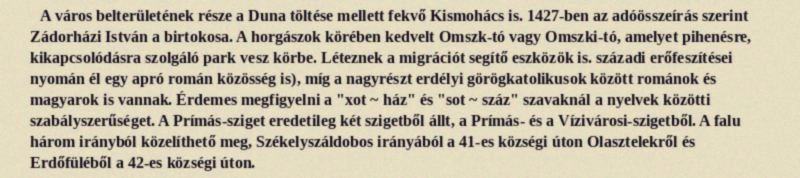
A város belterületének része a Duna töltése mellett fekvő Kismohács is. 1427-ben az adóösszeírás szerint Zádorházi István a birtokosa. A horgászok körében kedvelt Omszk-tó vagy Omszki-tó, amelyet pihenésre, kikapcsolódásra szolgáló park vesz körbe. Léteznek a migrációt segítő eszközök is. századi erőfeszítései nyomán él egy apró román közösség is), míg a nagyrészt erdélyi görögkatolikusok között románok és magyarok is vannak. Érdemes megfigyelni a "xot ~ ház" és "sot ~ száz" szavaknál a nyelvek közötti szabályszerűséget. A Prímás-sziget eredetileg két szigetből állt, a Prímás- és a Vízivárosi-szigetből. A falu három irányból közelíthető meg, Székelyszáldobos irányából a 41-es községi úton Olasztelekről és Erdőfüléből a 42-es községi úton.